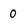
Character: 0